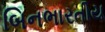
બિનભારતીય